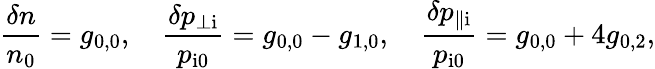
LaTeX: \frac{\delta n}{n_{0}}=g_{0,0},\quad\frac{\delta p_{\perp\mathrm{i}}}{p_{\mathrm{i0}}}=g_{0,0}-g_{1,0},\quad\frac{\delta p_{\parallel\mathrm{i}}}{p_{\mathrm{i0}}}=g_{0,0}+4g_{0,2},